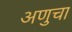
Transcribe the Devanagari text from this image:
अणुचा